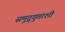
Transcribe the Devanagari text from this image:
समुद्र्गुप्ताशी